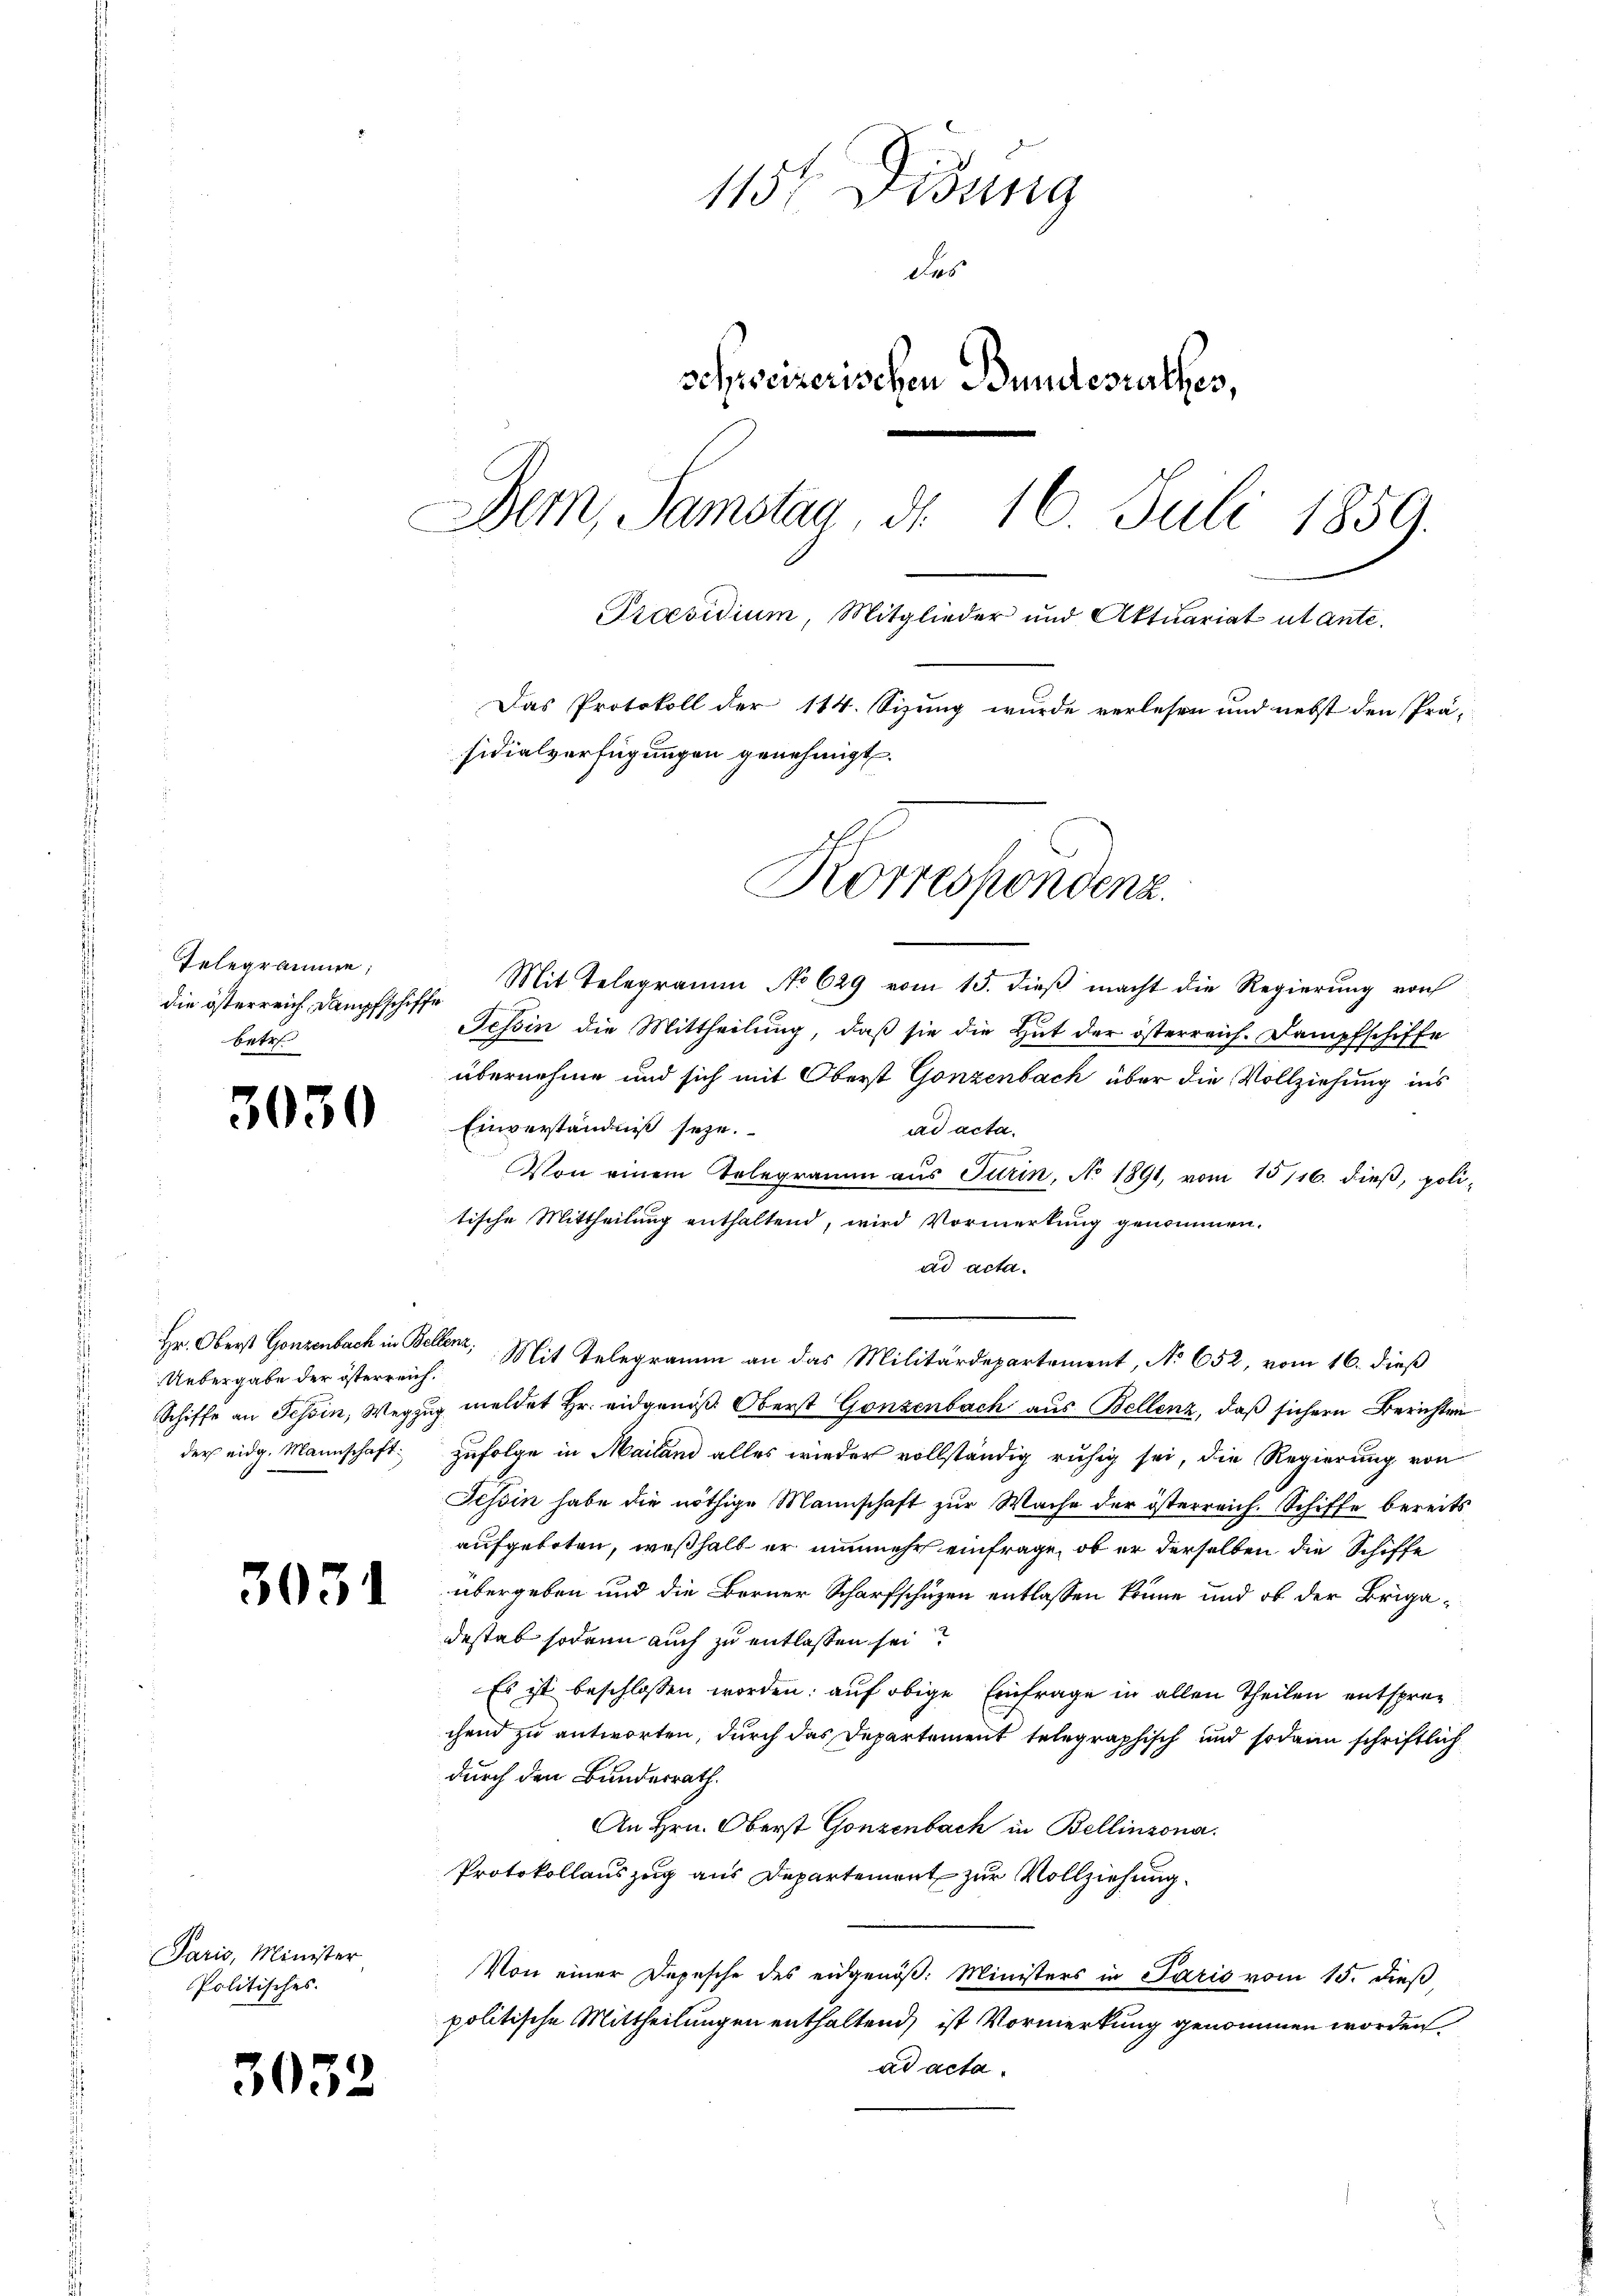
Gelegramme
die österreich, Dampfschiffe
betref

030

Uebergabe der österreich.
ders eidg. Mannschaft:

3031

Paris, Minister
Politisches.

115. Disung
das
schweizerischen Bundesrathes,
Dem, Samstag, d. 16. Juli 1859.
Praesidium, Mitglieder und Aktuariat utante.
Das Protokoll der 114. Sizung wurde verlesen und nebst den Prä-
sidialverfügungen genehmigt.

Mit Telegramm No 629 vom 15. dieß macht die Regierung von
Tessin die Mittheilung, daß sie die Hut der österreich. Dampfschiffe
übernehme und sich mit Oberst Gonzenbach über die Vollziehung ins
Einverständniß seye.
ad acta.
e
Von einem Telegramm aus Turin, No 1891, vom 15/16. dieß, politische Mittheilung enthaltend, wird Vormerkung genommen.
ad acta.
Hr. Oberst Gonzenbach in Bellenz, Mit Telegramm an das Militärdepartement, No 652, vom 16. dieß
Schiffe an Tessin, Wegzug meldet Hr. eidgenöß Oberst Gonzenbach aus Bellenz, daß sichern Berichten
zufolge in Mailand alles wieder vollständig ruhig sei, die Regierung von
Tessin habe die nöthige Mannschaft zur Wache der österreich. Schiffe bereits
aufgeboten, weßhalb er nunmehr einfrage, ob er derselben die Schiffe
übergeben und die Berner Scharfschuzen entlassen könne und ob der Brigadestab sodann auch zu entlassen sei?
Es ist beschlossen worden; auf obige Einfrage in allen Theilen entsprechend zu antworten, durch das Departement telegraphisch und sodann schriftlich
durch den Bundesrath.
An Hrn. Oberst Gonzenbach in Bellinzona.
Protokollauszug aus Departement zur Vollziehung
Von einer Depesche des eidgenöß: Ministers in Paris vom 15. dieβ,
politische Mittheilungen enthaltend, ist Vormerkung genommen worden.
ad acta.

Korrespondenz.